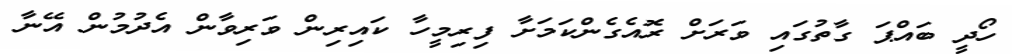
ހޯދީ ބައްޕަ ގާތުގައި ވަރަށް ރޮއެގެންކަމަށާ ފިރިމީހާ ކައިރިން ވަރިވާން އެދުމުން އޭނާ